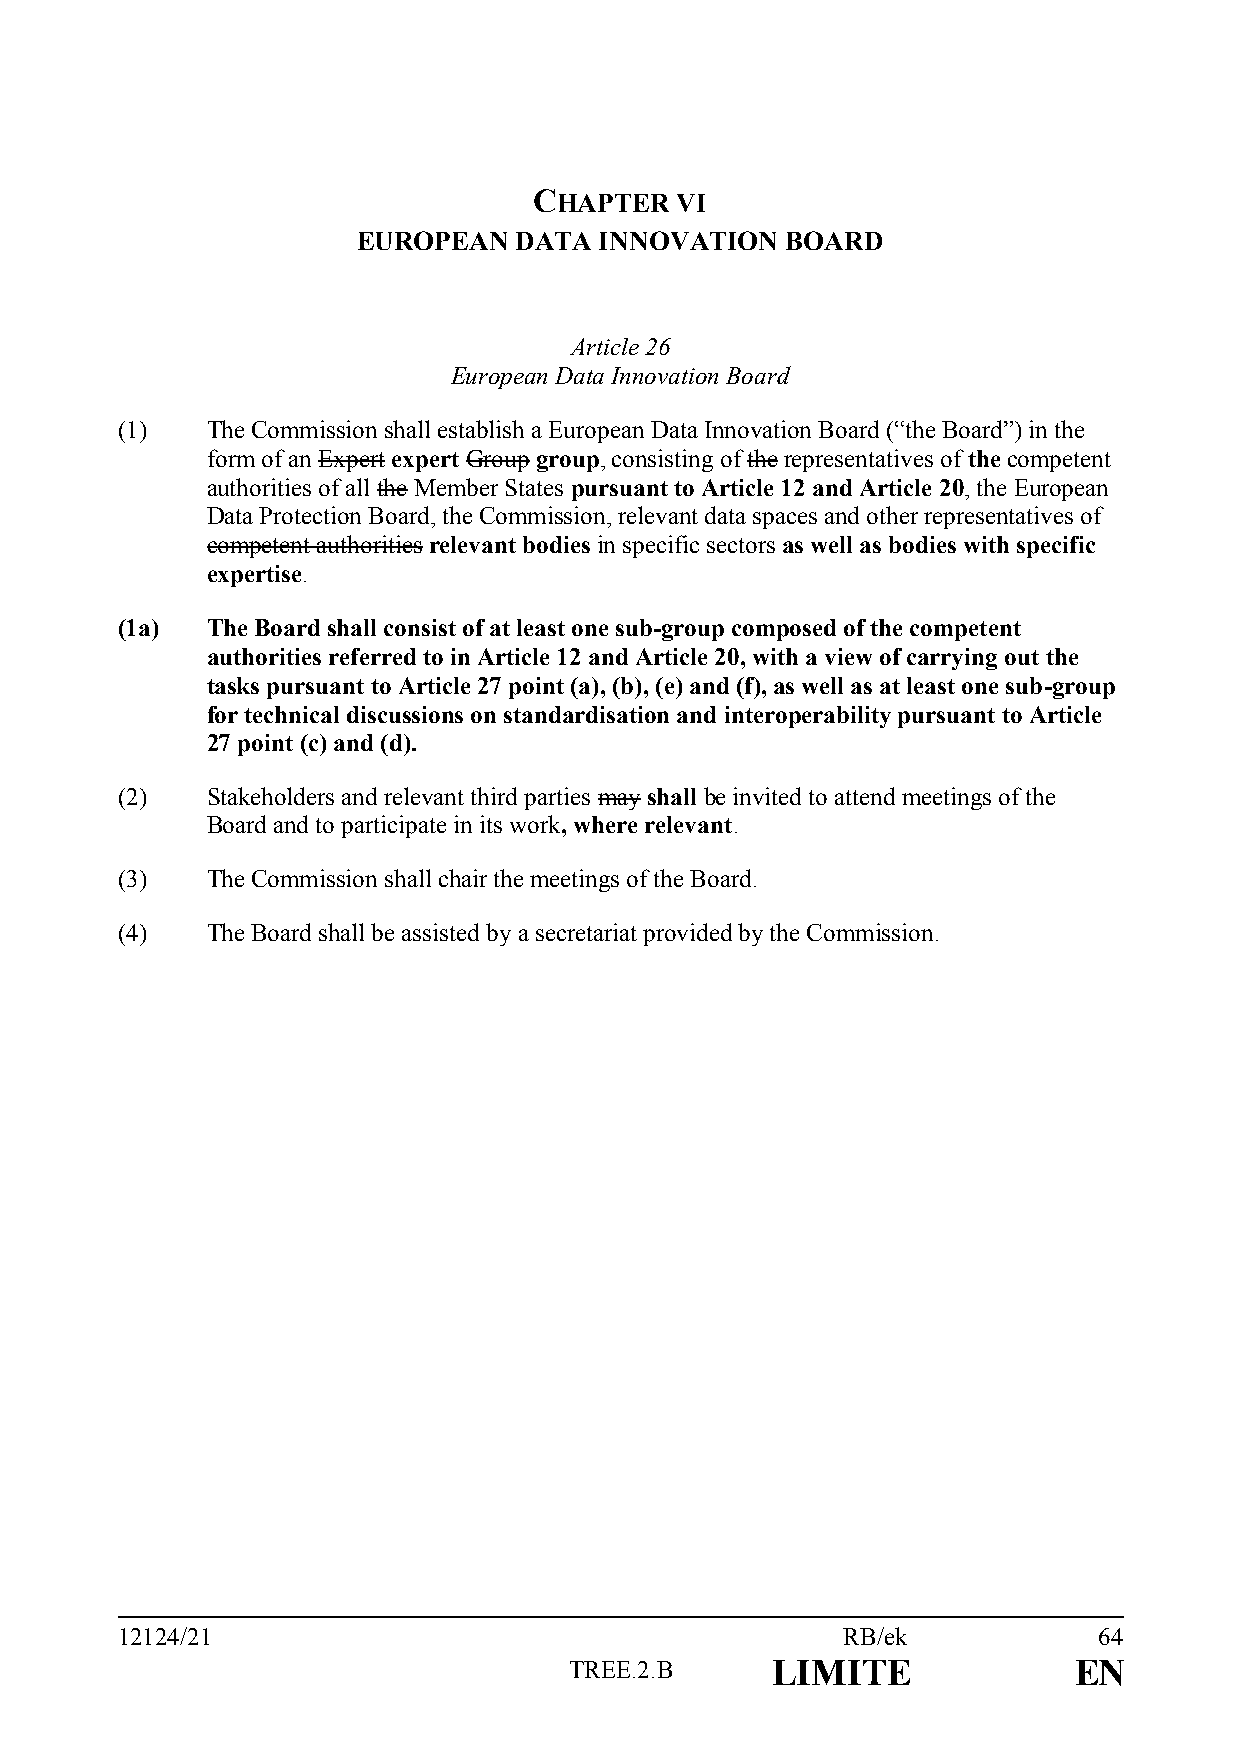
CHAPTER   VI
 EUROPEAN  DATA  INNOVATION  BOARD
 Article 26
 European Data Innovation Board
 (1)   The Commission shall establish a European Data Innovation Board (“the Board”) in the
 form of an Expert expert Group group, consisting of the representatives of the competent
 authorities of all the Member States pursuant to Article 12 and Article 20, the European
 Data Protection Board, the Commission, relevant data spaces and other representatives of
 competent authorities relevant bodies in specific sectors as well as bodies with specific
 expertise.
 (1a)  The Board shall consist of at least one sub-group composed of the competent
 authorities referred to in Article 12 and Article 20, with a view of carrying out the
 tasks pursuant to Article 27 point (a), (b), (e) and (f), as well as at least one sub-group
 for technical discussions on standardisation and interoperability pursuant to Article
 27 point (c) and (d).
 (2)   Stakeholders and relevant third parties may shall be invited to attend meetings of the
 Board and to participate in its work, where relevant.
 (3)   The Commission shall chair the meetings of the Board.
 (4)   The Board shall be assisted by a secretariat provided by the Commission.
 12124/21                                        RB/ek            64
 TREE.2.B     LIMITE              EN